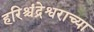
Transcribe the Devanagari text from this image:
हरिश्चंद्रेश्वराच्या